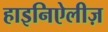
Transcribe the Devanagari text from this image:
हाइनिऐलीज़